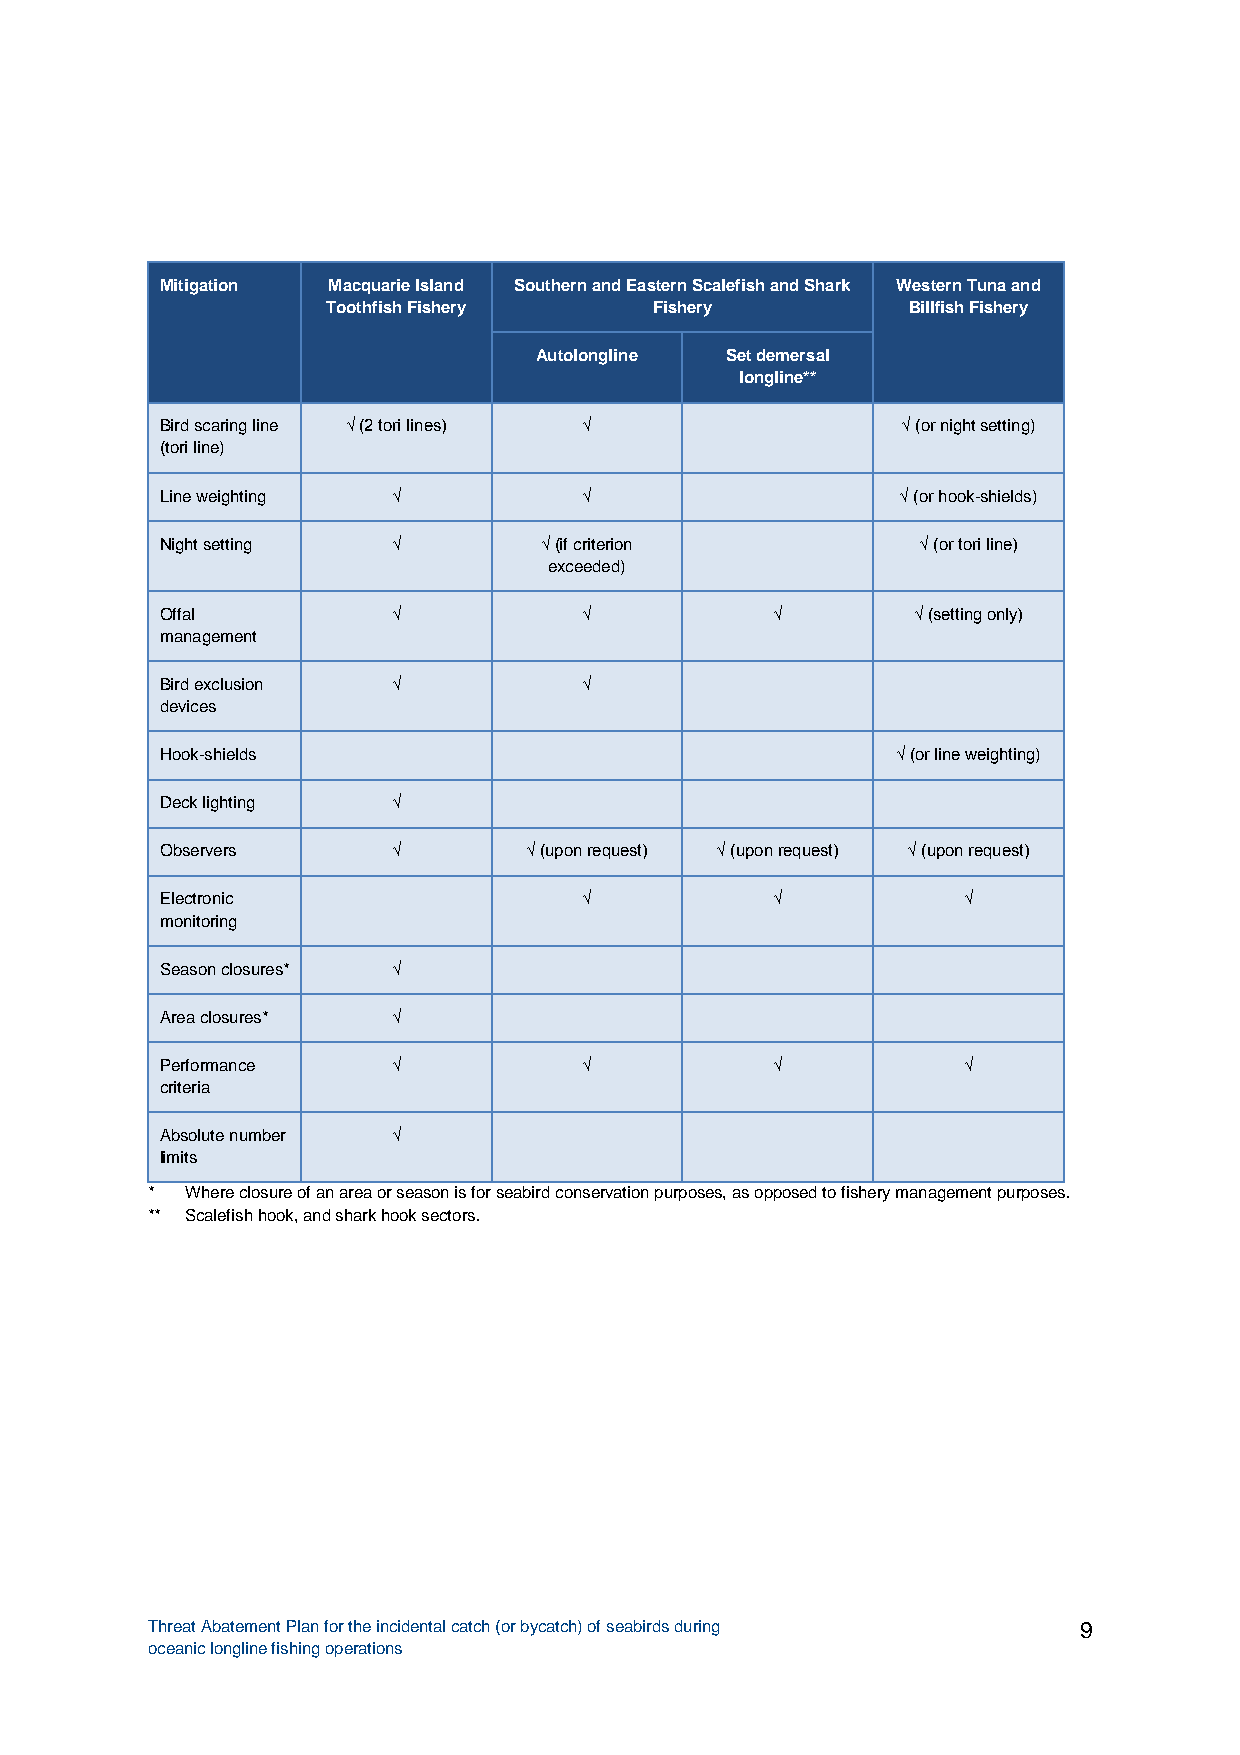
Mitigation Macquarie Island Southern and Eastern Scalefish and Shark Western Tuna and
 Toothfish Fishery    Fishery          Billfish Fishery
 Autolongline Set demersal
 longline**
 Bird scaring line √ (2 tori lines) √             √ (or night setting)
 (tori line)
 Line weighting √            √                    √ (or hook-shields)
 Night setting  √         √ (if criterion          √ (or tori line)
 exceeded)
 Offal          √            √           √        √ (setting only)
 management
 Bird exclusion √            √
 devices
 Hook-shields                                    √ (or line weighting)
 Deck lighting  √
 Observers      √        √ (upon request) √ (upon request) √ (upon request)
 Electronic                  √           √            √
 monitoring
 Season closures* √
 Area closures* √
 Performance    √            √           √            √
 criteria
 Absolute number √
 limits
 * Where closure of an area or season is for seabird conservation purposes, as opposed to fishery management purposes.
 ** Scalefish hook, and shark hook sectors.
 Threat Abatement Plan for the incidental catch (or bycatch) of seabirds during 9
 oceanic longline fishing operations